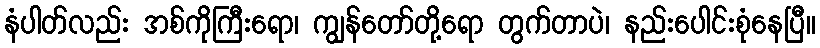
နံပါတ်လည်း အစ်ကိုကြီးရော၊ ကျွန်တော်တို့ရော တွက်တာပဲ၊ နည်းပေါင်းစုံနေပြီ။